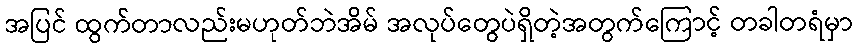
အပြင် ထွက်တာလည်းမဟုတ်ဘဲအိမ် အလုပ်တွေပဲရှိတဲ့အတွက်ကြောင့် တခါတရံမှာ